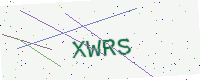
Text: XWRS